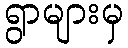
ရွာများမှ